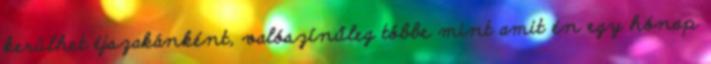
kerülhet éjszakánként, valószínűleg többe mint amit én egy hónap